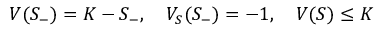
V ( S _ { - } ) = K - S _ { - } , \quad V _ { S } ( S _ { - } ) = - 1 , \quad V ( S ) \leq K